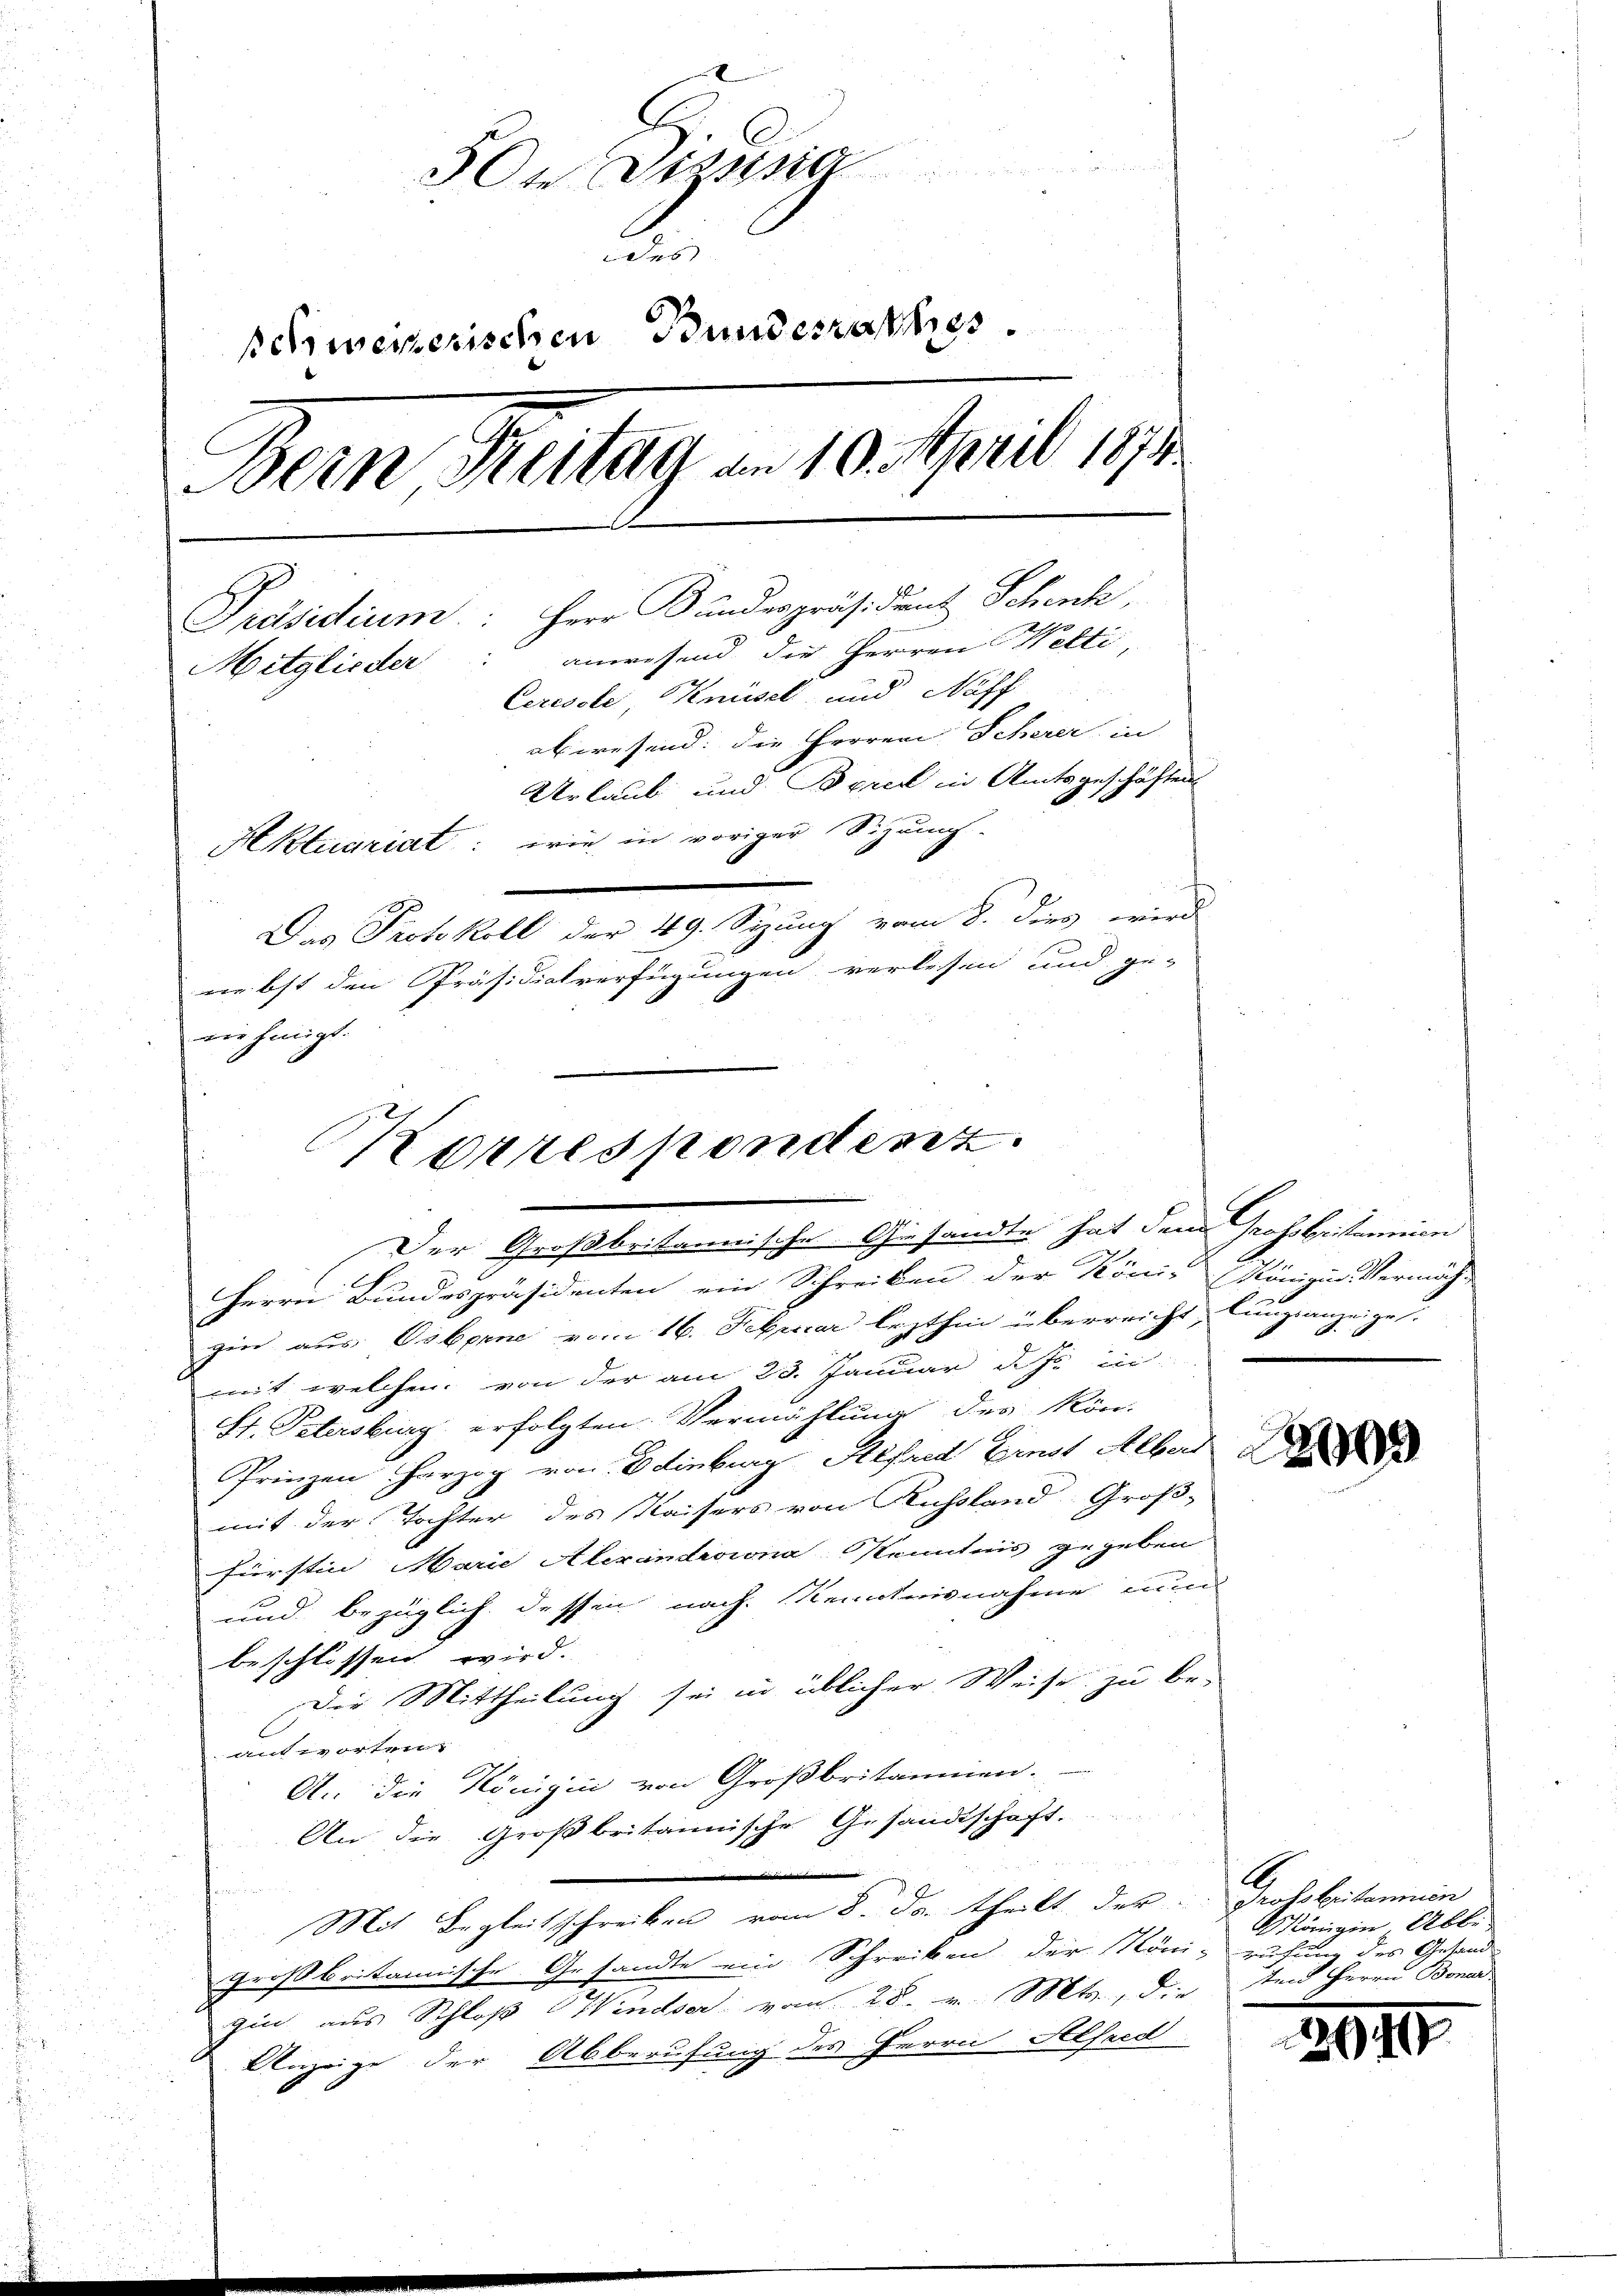
3te Disssig
 des
schweizerischen Bundesrathes
Dein Katag an. 10. April 194
Präsidium Herr Bunderpräsident Schenk
anwesend die Herren Welti,
Mitglieder
Ceresste, Knüsel und Neff
abwesend: die Herren Scherer in
Urlaub und Borel in Amtsgeschäften
Aktuariat: wie in voriger Sitzung
Das Protokoll der 49. Sizung vom 8. dies wird
nebst den Präsidialverfügungen verlesen und ge-
nie hingt.

Der Großbritannische Gesandte hat dem Grossbritannien
Herrn Bundespräsidenten ein Schreiben der König Königin Vermächt
gin aus Oberne vom 16. Februar lezthin überreicht, lingsanzeige
mit welchen von der am 23. Januar d. Js. in
St. Petersburg erfolgten Vermählung des kön-
Prinzen herzog von Edinburg Refred Ernst Alber
mit der Tochter des Kaisers von Russland Groß-
d
Fürstin Marie Alexandrina Kenntnis gegeben
s
d
und bezüglich dessen nach Kenntnisnahme nun
u

beschlossen wird.
Die Mittheilung sei in üblicher Weise zu be-
s
antworten.
An die Königii von Großbritannen.
An die Großbritannische Gesandtschaft.
wir
u
Mit Begleitschreiben vom 8. ds. theilt der grossbritanien
großbritannische Gesandte ein Schreiben der König ruhe des Gesand
gin aus Schloß Windser vom 28. v. Mts., die tend Herrn Boner
Anzeige der Abberufung des Herrn Alfred
u

Korrespondenz.

6
4

A
Mönigin, Abbe

3040